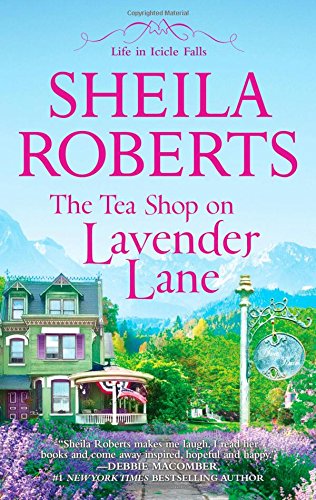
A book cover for The Tea Shop on Lavender Lane (Life in Icicle Falls) (English Edition); Sheila Roberts; Literature & Fiction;